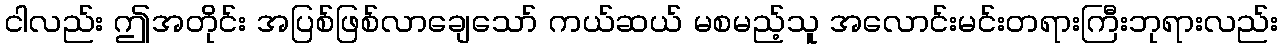
ငါလည်း ဤအတိုင်း အပြစ်ဖြစ်လာချေသော် ကယ်ဆယ် မစမည့်သူ အလောင်းမင်းတရားကြီးဘုရားလည်း